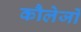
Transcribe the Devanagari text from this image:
कौलेजों